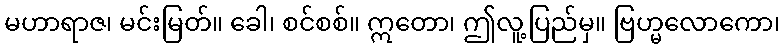
မဟာရာဇ၊ မင်းမြတ်။ ခေါ၊ စင်စစ်။ ဣတော၊ ဤလူ့ပြည်မှ။ ဗြဟ္မလောကော၊